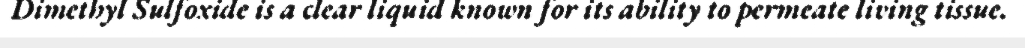
Dimethyl Sulfoxide is a clear liquid known for its ability to permeate living tissue.